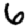
Digit: 6